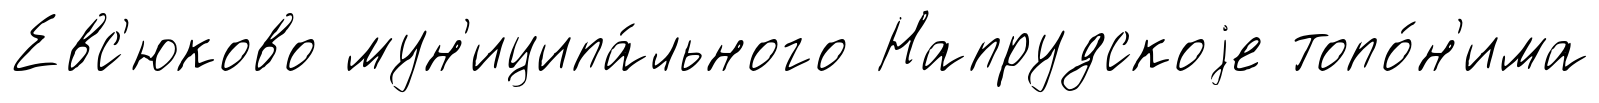
Евс'юково мун'иципа́льного Напрудскоjе топо́н'има